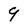
Character: 9